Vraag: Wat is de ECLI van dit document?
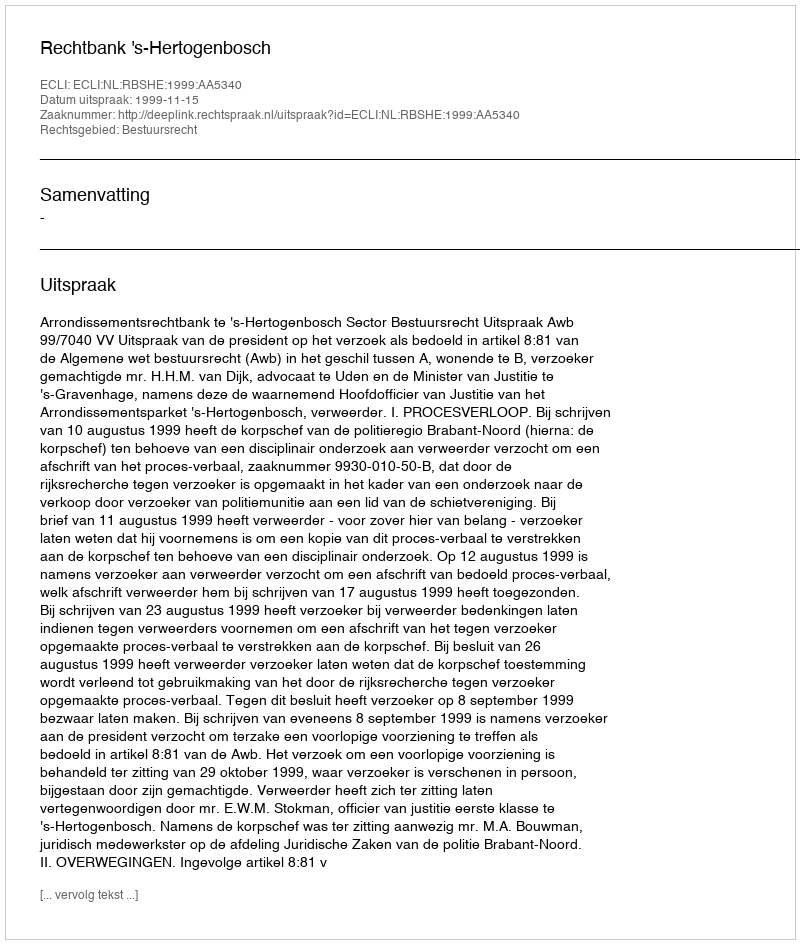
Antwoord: ECLI:NL:RBSHE:1999:AA5340